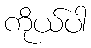
ကိုယ်ပါ